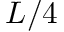
L / 4